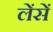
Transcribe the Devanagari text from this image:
लेंसें